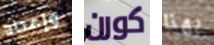
وإعداد كورن بهذا